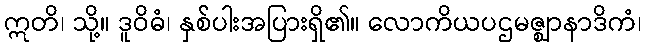
ဣတိ၊ သို့။ ဒူဝိဓံ၊ နှစ်ပါးအပြားရှိ၏။ လောကိယပဌမဇ္ဈာနာဒိကံ၊